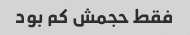
فقط حجمش کم بود